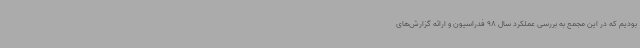
بودیم که در این مجمع به بررسی عملکرد سال 98 فدراسیون و ارائه گزارش‌های